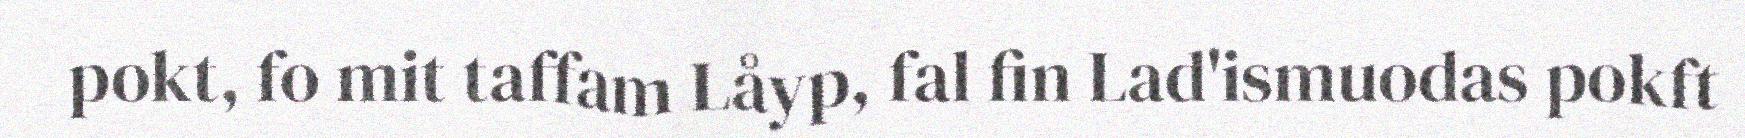
pokt, fo mit taffam Låyp, fal fin Lad'ismuodas pokft